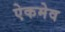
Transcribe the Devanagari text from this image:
ऐकमेव